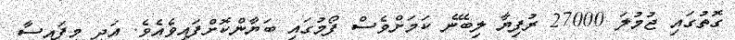
ގޮތުގައި ޖުމުލަ 27000 ރުފިޔާ ލިބޭނެ ކަމަށްވެސް ފޯމުގައި ބަޔާންކޮށްފައިވެެެއެވެ. އަދި މިފައިސާ